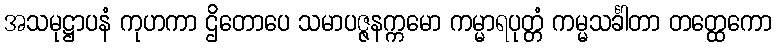
အသမုဋ္ဌာပနံ ကုဟကာ ဌိတောပေ သမာပဇ္ဇနက္ကမော ကမ္မာရပုတ္တံ ကမ္မသင်္ခါတာ တတ္ထေကော